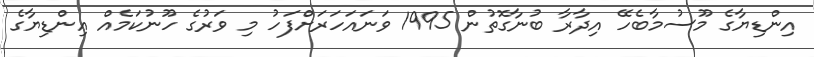
އިންޑިޔާގެ މޫސުމާބެހޭ އިދާރާ ބުނާގޮތުން 1995 ވަނައަހަރަށްފަހު މި ވަރުގެ ހޫނުކަމެއް އިންޑިޔާގެ